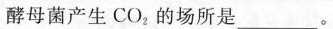
酵母菌产生CO。的场所是___。